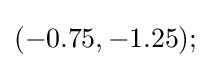
(-0.75,-1.25);